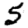
Digit: 5